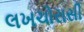
લખચોરાસી